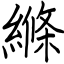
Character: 縧